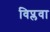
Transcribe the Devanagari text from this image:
विप्लवा